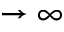
\rightarrow \infty